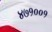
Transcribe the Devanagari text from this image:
४७१००१